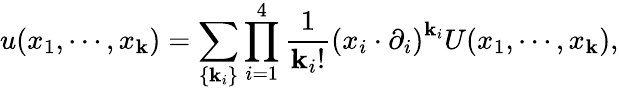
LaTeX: u(x_{1},\cdots,x_{\mathbf{k}})=\sum_{\{ \mathbf{k}_{i}\} }\prod_{i=1}^{4}\frac{{1}}{{\mathbf{k}_{i}!}}\left(x_{i}\cdot\partial_{i}\right)^{\mathbf{k}_{i}}U(x_{1},\cdots,x_{\mathbf{k}}),